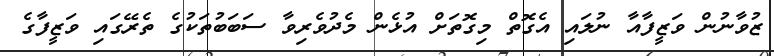
ޒުވާނުން ވަޒީފާއާ ނުލައި އެގޮތް މިގޮތަށް އުޅެން މެދުވެރިވާ ސަބަބުތަކުގެ ތެރޭގައި ވަޒީފާގެ